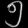
Digit: ၅